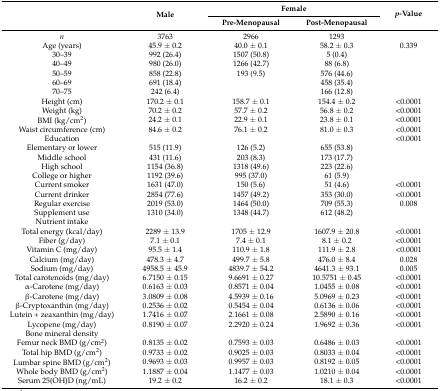
<table><thead><tr><td rowspan="2"></td><td rowspan="2"><b>Male</b></td><td colspan="2"><b>Female</b></td><td rowspan="2"><b><i>p</i>-Value</b></td></tr><tr><td><b>Pre-Menopausal</b></td><td><b>Post-Menopausal</b></td></tr></thead><tbody><tr><td><i>n</i></td><td>3763</td><td>2966</td><td>1293</td><td></td></tr><tr><td>Age (years)</td><td>45.9 ± 0.2</td><td>40.0 ± 0.1</td><td>58.2 ± 0.3</td><td>0.339</td></tr><tr><td>30–39</td><td>992 (26.4)</td><td>1507 (50.8)</td><td>5 (0.4)</td><td></td></tr><tr><td>40–49</td><td>980 (26.0)</td><td>1266 (42.7)</td><td>88 (6.8)</td><td></td></tr><tr><td>50–59</td><td>858 (22.8)</td><td>193 (9.5)</td><td>576 (44.6)</td><td></td></tr><tr><td>60–69</td><td>691 (18.4)</td><td></td><td>458 (35.4)</td><td></td></tr><tr><td>70–75</td><td>242 (6.4)</td><td></td><td>166 (12.8)</td><td></td></tr><tr><td>Height (cm)</td><td>170.2 ± 0.1</td><td>158.7 ± 0.1</td><td>154.4 ± 0.2</td><td>&lt;0.0001</td></tr><tr><td>Weight (kg)</td><td>70.2 ± 0.2</td><td>57.7 ± 0.2</td><td>56.8 ± 0.2</td><td>&lt;0.0001</td></tr><tr><td>BMI (kg/cm<sup>2</sup>)</td><td>24.2 ± 0.1</td><td>22.9 ± 0.1</td><td>23.8 ± 0.1</td><td>&lt;0.0001</td></tr><tr><td>Waist circumference (cm)</td><td>84.6 ± 0.2</td><td>76.1 ± 0.2</td><td>81.0 ± 0.3</td><td>&lt;0.0001</td></tr><tr><td>Education</td><td></td><td></td><td></td><td>&lt;0.0001</td></tr><tr><td>Elementary or lower</td><td>515 (11.9)</td><td>126 (5.2)</td><td>655 (53.8)</td><td></td></tr><tr><td>Middle school</td><td>431 (11.6)</td><td>203 (8.3)</td><td>173 (17.7)</td><td></td></tr><tr><td>High school</td><td>1154 (36.8)</td><td>1318 (49.6)</td><td>223 (22.6)</td><td></td></tr><tr><td>College or higher</td><td>1192 (39.6)</td><td>995 (37.0)</td><td>61 (5.9)</td><td></td></tr><tr><td>Current smoker</td><td>1631 (47.0)</td><td>150 (5.6)</td><td>51 (4.6)</td><td>&lt;0.0001</td></tr><tr><td>Current drinker</td><td>2854 (77.6)</td><td>1457 (49.2)</td><td>353 (30.0)</td><td>&lt;0.0001</td></tr><tr><td>Regular exercise</td><td>2019 (53.0)</td><td>1464 (50.0)</td><td>709 (55.3)</td><td>0.008</td></tr><tr><td>Supplement use</td><td>1310 (34.0)</td><td>1348 (44.7)</td><td>612 (48.2)</td><td></td></tr><tr><td>Nutrient intake</td><td></td><td></td><td></td><td></td></tr><tr><td>Total energy (kcal/day)</td><td>2289 ± 13.9</td><td>1705 ± 12.9</td><td>1607.9 ± 20.8</td><td>&lt;0.0001</td></tr><tr><td>Fiber (g/day)</td><td>7.1 ± 0.1</td><td>7.4 ± 0.1</td><td>8.1 ± 0.2</td><td>&lt;0.0001</td></tr><tr><td>Vitamin C (mg/day)</td><td>95.5 ± 1.4</td><td>110.9 ± 1.8</td><td>111.9 ± 2.8</td><td>&lt;0.0001</td></tr><tr><td>Calcium (mg/day)</td><td>478.3 ± 4.7</td><td>499.7 ± 5.8</td><td>476.0 ± 8.4</td><td>0.028</td></tr><tr><td>Sodium (mg/day)</td><td>4958.5 ± 45.9</td><td>4839.7 ± 54.2</td><td>4641.3 ± 93.1</td><td>0.005</td></tr><tr><td>Total carotenoids (mg/day)</td><td>6.7150 ± 0.15</td><td>9.6691 ± 0.27</td><td>10.5751 ± 0.45</td><td>&lt;0.0001</td></tr><tr><td>α-Carotene (mg/day)</td><td>0.6163 ± 0.03</td><td>0.8571 ± 0.04</td><td>1.0455 ± 0.08</td><td>&lt;0.0001</td></tr><tr><td>β-Carotene (mg/day)</td><td>3.0809 ± 0.08</td><td>4.5939 ± 0.16</td><td>5.0969 ± 0.23</td><td>&lt;0.0001</td></tr><tr><td>β-Cryptoxanthin (mg/day)</td><td>0.2536 ± 0.02</td><td>0.5454 ± 0.04</td><td>0.6136 ± 0.06</td><td>&lt;0.0001</td></tr><tr><td>Lutein + zeaxanthin (mg/day)</td><td>1.7416 ± 0.07</td><td>2.1661 ± 0.08</td><td>2.5890 ± 0.16</td><td>&lt;0.0001</td></tr><tr><td>Lycopene (mg/day)</td><td>0.8190 ± 0.07</td><td>2.2920 ± 0.24</td><td>1.9692 ± 0.36</td><td>&lt;0.0001</td></tr><tr><td>Bone mineral density</td><td></td><td></td><td></td><td></td></tr><tr><td>Femur neck BMD (g/cm<sup>2</sup>)</td><td>0.8135 ± 0.02</td><td>0.7593 ± 0.03</td><td>0.6486 ± 0.03</td><td>&lt;0.0001</td></tr><tr><td>Total hip BMD (g/cm<sup>2</sup>)</td><td>0.9733 ± 0.02</td><td>0.9025 ± 0.03</td><td>0.8033 ± 0.04</td><td>&lt;0.0001</td></tr><tr><td>Lumbar spine BMD (g/cm<sup>2</sup>)</td><td>0.9693 ± 0.03</td><td>0.9957 ± 0.03</td><td>0.8192 ± 0.05</td><td>&lt;0.0001</td></tr><tr><td>Whole body BMD (g/cm<sup>2</sup>)</td><td>1.1887 ± 0.04</td><td>1.1477 ± 0.03</td><td>1.0210 ± 0.04</td><td>&lt;0.0001</td></tr><tr><td>Serum 25(OH)D (ng/mL)</td><td>19.2 ± 0.2</td><td>16.2 ± 0.2</td><td>18.1 ± 0.3</td><td>&lt;0.0001</td></tr></tbody></table>